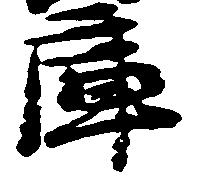
庫